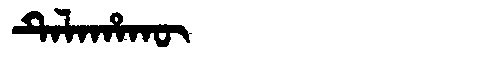
Manchu: ᡨᡝᠯᠠᡥᠠᡴᡡ
Romanization: TELAHAKŪ